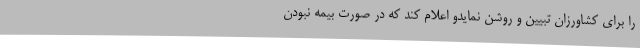
را برای کشاورزان تبیین و روشن نمایدو اعلام کند که در صورت بیمه نبودن